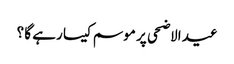
عید الاضحی پر موسم کیسا رہے گا ؟